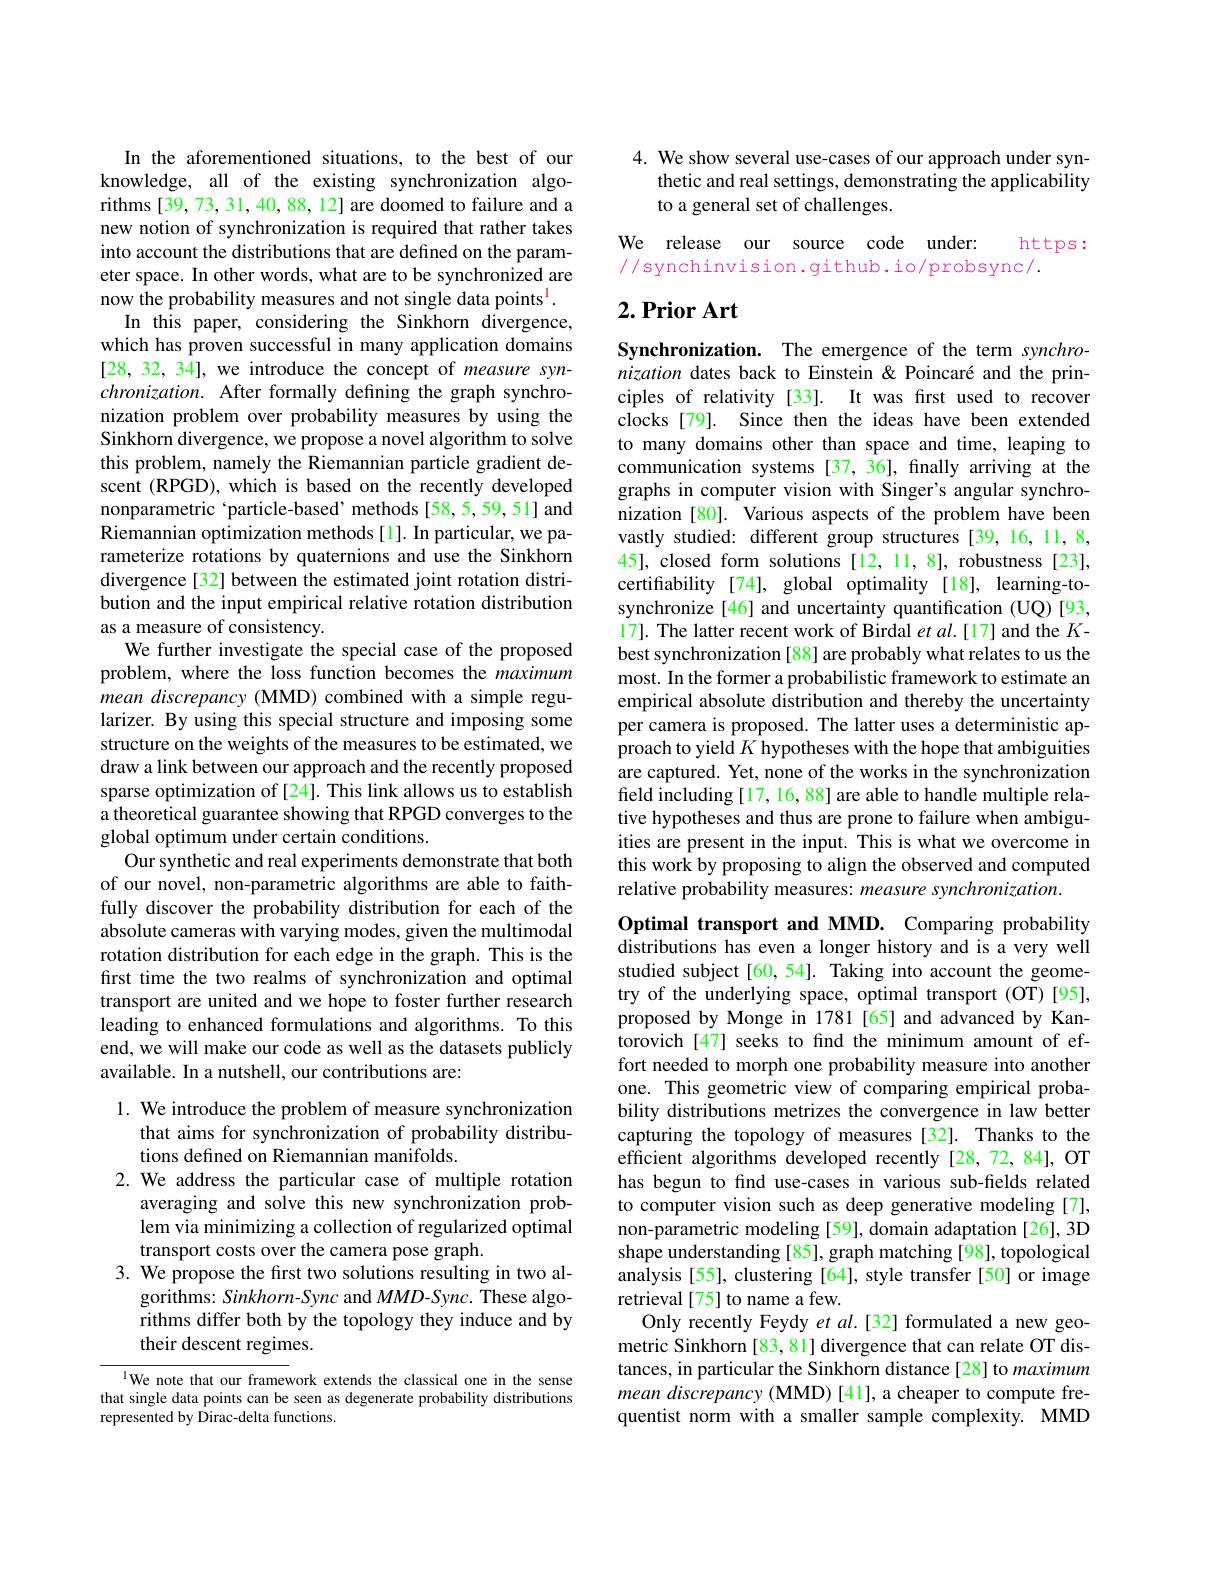
In the aforementioned situations, to the best of our knowledge, all of the existing synchronization algorithms [39, 73, 31, 40, 88, 12] are doomed to failure and a new notion of synchronization is required that rather takes into account the distributions that are defined on the parameter space. In other words, what are to be synchronized are now the probability measures and not single data points$^{\mathrm{l}}.$
In this paper, considering the Sinkhorn divergence, which has proven successful in many application domains [28, 32, 34], we introduce the concept of measure syn- $chronization.$ After formally defning the graph synchronization problem over probability measures by using the Sinkhorn divergence, we propose a novel algorithm to solve this problem, namely the Riemannian particle gradient descent (RPGD), which is based on the recently developed nonparametric ‘particle-based’methods[58,5,59,51] and Riemannian optimization methods[1]. In particular, we parameterize rotations by quaternions and use the Sinkhorn divergence [32] between the estimated joint rotation distribution and the input empirical relative rotation distribution as a measure of consistency.
We further investigate the special case of the proposed problem, where the loss function becomes the maximum mean discrepancy (MMD) combined with a simple regularizer. By using this special structure and imposing some structure on the weights of the measures to be estimated, we draw a link between our approach and the recently proposed sparse optimization of [24]. This link allows us to establish a theoretical guarantee showing that RPGD converges to the global optimum under certain conditions.
Our synthetic and real experiments demonstrate that both of our novel, non-parametric algorithms are able to faithfully discover the probability distribution for each of the absolute cameras with varying modes, given the multimodal rotation distribution for each edge in the graph. This is the first time the two realms of synchronization and optimal transport are united and we hope to foster further research leading to enhanced formulations and algorithms. To this end, we will make our code as well as the datasets publicly available. In a nutshell, our contributions are:
1. We introduce the problem of measure synchronization

that aims for synchronization of probability distribu-
tions defined on Riemannian manifolds.
2. We address the particular case of multiple rotation
averaging and solve this new synchronization problem via minimizing a collection of regularized optimal transport costs over the camera pose graph.
3. We propose the first two solutions resulting in two al-
gorithms: Sinkhorn-Sync and MMD-Sync. These algorithms differ both by the topology they induce and by their descent regimes.

lWe note that our framework extends the classical one in the sense that single data points can be seen as degenerate probability distributions represented by Dirac-delta functions.

4. We show several use-cases of our approach under syn-
thetic and real settings, demonstrating the applicability
to a general set of challenges.

We release our source code under:
https:
//synchinvision.github.io/probsync/.

## $2. \textbf{Prior Art}$

Synchronization. The emergence of the term synchronization dates back to Einstein & Poincaré and the principles of relativity [33]. It was fırst used to recover clocks[79]. Since then the ideas have been extended to many domains other than space and time, leaping to communication systems [37,36], finally arriving at the graphs in computer vision with Singer's angular synchronization [80]. Various aspects of the problem have been vastly studied: different group structures [39, 16, 11, 8, 45], closed form solutions[12, 11, 8], robustness[23], certifiability [74], global optimality [18], learning-tosynchronize [46] and uncertainty quantification (UQ)[93, 17]. The latter recent work of Birdal $etal.[17]$ and the $K$- best synchronization [88] are probably what relates to us the most. In the former a probabilistic framework to estimate an empirical absolute distribution and thereby the uncertainty per camera is proposed. The latter uses a deterministic approach to yield $K$ hypotheses with the hope that ambiguities are captured. Yet, none of the works in the synchronization field including [17, 16, 88] are able to handle multiple relative hypotheses and thus are prone to failure when ambiguities are present in the input. This is what we overcome in this work by proposing to align the observed and computed relative probability measures: measure synchronization
Optimal transport and MMD. Comparing probability

distributions has even a longer history and is a very well studied subject[60,54]. Taking into account the geometry of the underlying space, optimal transport (OT)[95], proposed by Monge in 1781[65] and advanced by Kantorovich [47] seeks to find the minimum amount of effort needed to morph one probability measure into another one. This geometric view of comparing empirical probability distributions metrizes the convergence in law better capturing the topology of measures [32]. Thanks to the efficient algorithms developed recently [28,72,84], OT has begun to find use-cases in various sub-fields related to computer vision such as deep generative modeling [7], non-parametric modeling [59], domain adaptation [26], 3D shape understanding [85], graph matching [98], topological analysis [55], clustering [64], style transfer [50] or image retrieval[75] to name a few.
Only recently Feydy et al.[32] formulated a new geometric Sinkhorn [83, 81] divergence that can relate OT distances, in particular the Sinkhorn distance[28] to maximum mean discrepancy (MMD) [41], a cheaper to compute frequentist norm with a smaller sample complexity. MMD